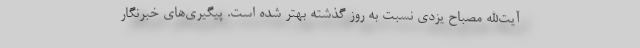
آیت‌الله مصباح یزدی نسبت به روز گذشته بهتر شده است. پیگیری‌های خبرنگار